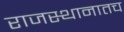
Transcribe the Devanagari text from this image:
राजस्थानातच